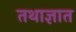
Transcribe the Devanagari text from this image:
तथाज्ञात